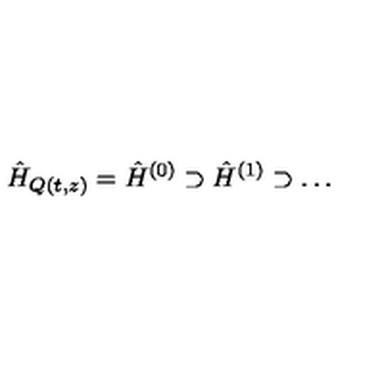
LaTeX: \hat { H } _ { Q ( t , z ) } = \hat { H } ^ { ( 0 ) } \supset \hat { H } ^ { ( 1 ) } \supset \ldots